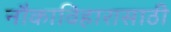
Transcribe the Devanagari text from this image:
नौकाविहारासाठी